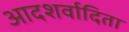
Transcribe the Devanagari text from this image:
आदशर्वादिता